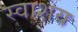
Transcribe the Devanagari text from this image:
स्वाशय